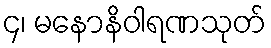
၄၊ မနောနိဝါရဏသုတ်